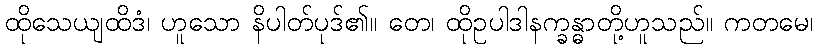
ထိုသေယျထိဒံ၊ ဟူသော နိပါတ်ပုဒ်၏။ တေ၊ ထိုဥပါဒါနက္ခန္ဓာတို့ဟူသည်။ ကတမေ၊